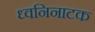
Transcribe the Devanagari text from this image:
ध्वनिनाटक